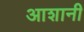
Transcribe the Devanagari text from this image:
आशानी